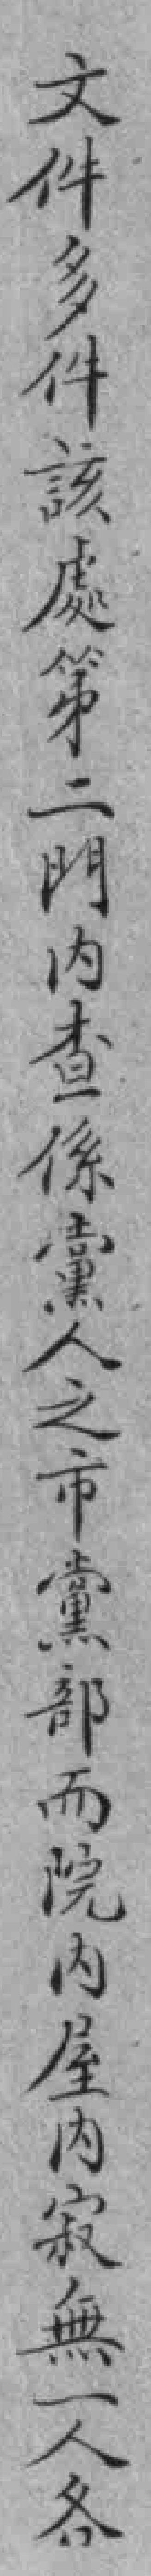
文件多件該處第二門內查係黨人之市黨部而院內屋內寂無一人各